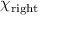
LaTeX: \chi _ { \mathrm { r i g h t } }